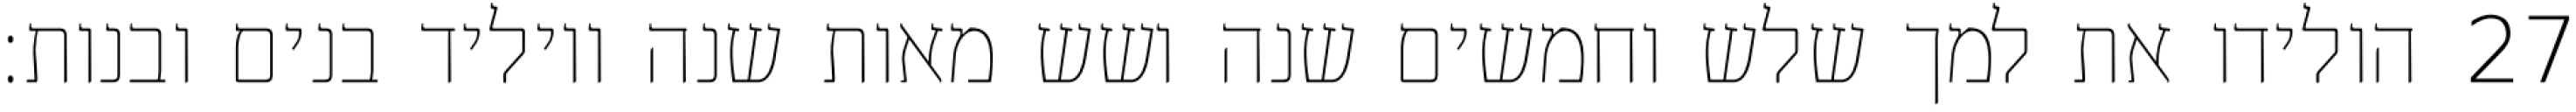
הולידו את למך שלש וחמשים שנה ושש מאות שנה ויוליד בנים ובנות׃ ‎27‏